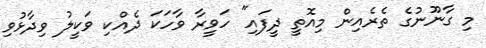
މި ގާނޫނުގެ ތެރެއިން މިއޮތީ ދީފައި" ހަވީރާ ވާހަކަ ދެއްކި ވަކީލު ވިދާޅުވި